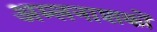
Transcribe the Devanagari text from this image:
अम्लनाशकों